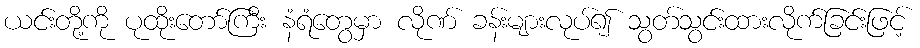
ယင်းတို့ကို ပုထိုးတော်ကြီး နံရံတွေမှာ လိုဏ် ခန်းများလုပ်၍ သွတ်သွင်းထားလိုက်ခြင်းဖြင့်